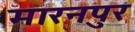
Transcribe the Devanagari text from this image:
मारनपुर